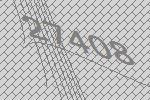
27408